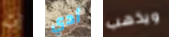
إن أدي ويذهب